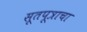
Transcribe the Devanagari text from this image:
सूतपूत्राचा